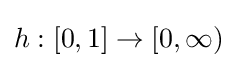
h:[0,1]\rightarrow [0,\infty )